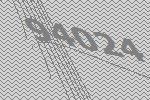
94024